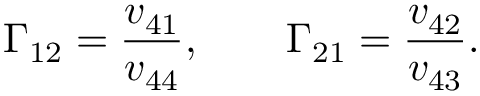
\Gamma _ { 1 2 } = \frac { v _ { 4 1 } } { v _ { 4 4 } } , \qquad \Gamma _ { 2 1 } = \frac { v _ { 4 2 } } { v _ { 4 3 } } .